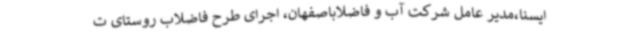
ایسنا،مدیر عامل شرکت آب و فاضلاباصفهان، اجرای طرح فاضلاب روستای ت